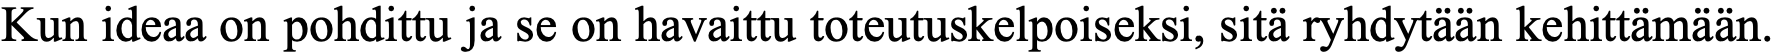
Kun ideaa on pohdittu ja se on havaittu toteutuskelpoiseksi, sitä ryhdytään kehittämään.